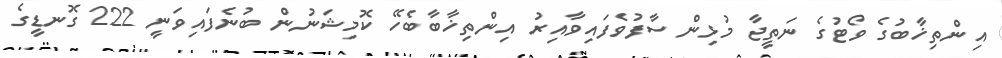
އިންތިޚާބުގެ ވޯޓުގެ ނަތީޖާ މުޅިން ސާފުވެފައިވާއިރު އިންތިޚާބާބެހޭ ކޮމިޝަނުން ބުނެފައިވަނީ 222 ގޮނޑީގެ